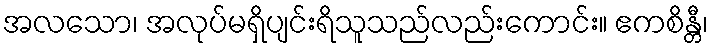
အလသော၊ အလုပ်မရှိပျင်းရိသူသည်လည်းကောင်း။ ဧကစိန္တီ၊